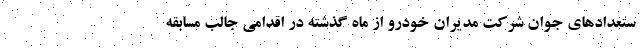
ستعدادهای جوان شرکت مدیران خودرو از ماه گذشته در اقدامی جالب مسابقه